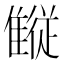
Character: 𱁋